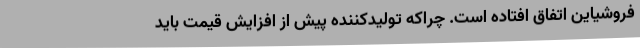
فروشیاین اتفاق افتاده است. چراکه تولیدکننده پیش از افزایش قیمت باید